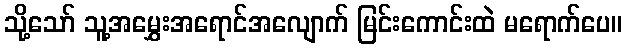
သို့သော် သူ့အမွှေးအရောင်အလျောက် မြင်းကောင်းထဲ မရောက်ပေ။